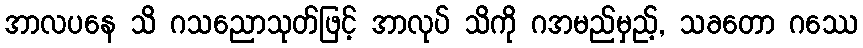
အာလပနေ သိ ဂသညောသုတ်ဖြင့် အာလုပ် သိကို ဂအမည်မှည့်, သခတော ဂဿေ